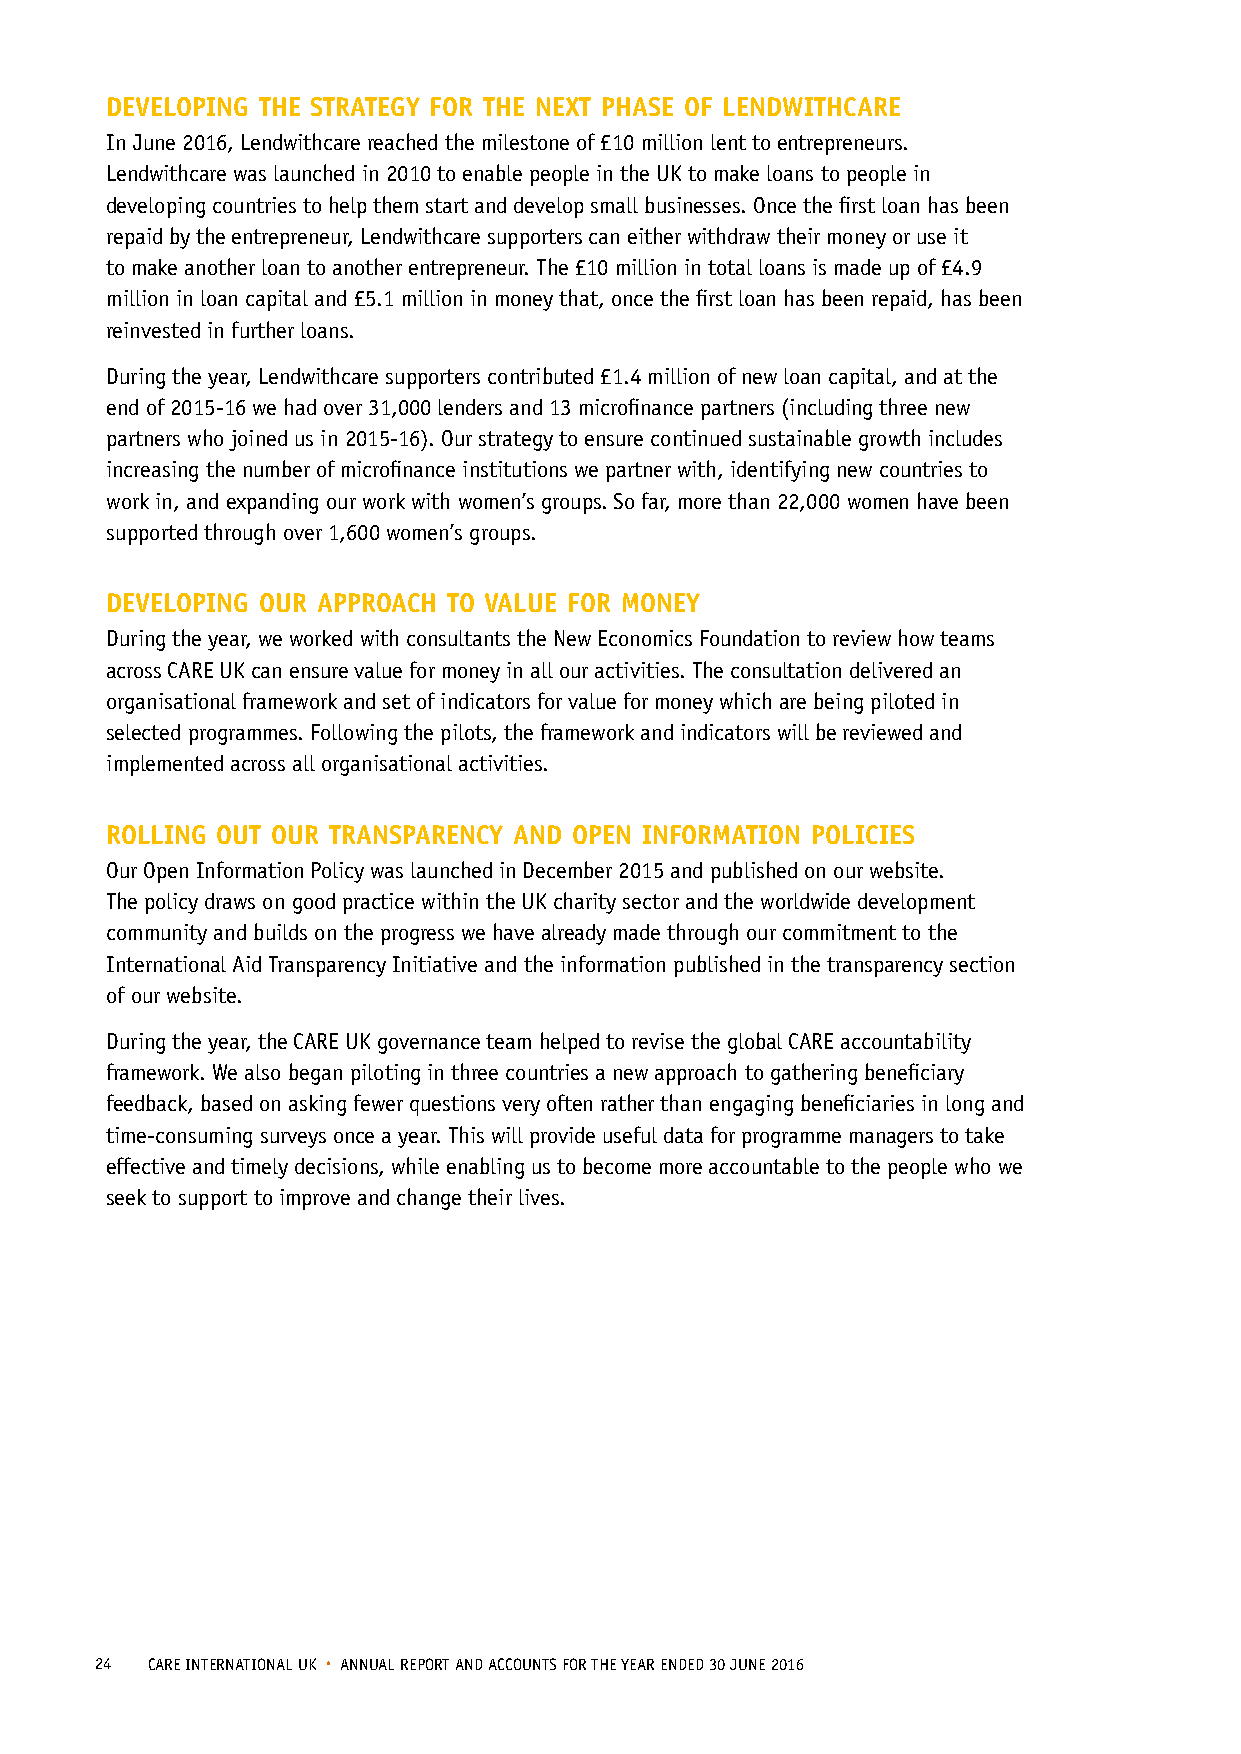
DEVELOPING THE STRATEGY FOR THE NEXT PHASE OF LENDWITHCARE
 In June 2016, Lendwithcare reached the milestone of £10 million lent to entrepreneurs.
 Lendwithcare was launched in 2010 to enable people in the UK to make loans to people in
 developing countries to help them start and develop small businesses. Once the first loan has been
 repaid by the entrepreneur, Lendwithcare supporters can either withdraw their money or use it
 to make another loan to another entrepreneur. The £10 million in total loans is made up of £4.9
 million in loan capital and £5.1 million in money that, once the first loan has been repaid, has been
 reinvested in further loans.
 During the year, Lendwithcare supporters contributed £1.4 million of new loan capital, and at the
 end of 2015-16 we had over 31,000 lenders and 13 microfinance partners (including three new
 partners who joined us in 2015-16). Our strategy to ensure continued sustainable growth includes
 increasing the number of microfinance institutions we partner with, identifying new countries to
 work in, and expanding our work with women’s groups. So far, more than 22,000 women have been
 supported through over 1,600 women’s groups.
 DEVELOPING OUR APPROACH TO VALUE FOR MONEY
 During the year, we worked with consultants the New Economics Foundation to review how teams
 across CARE UK can ensure value for money in all our activities. The consultation delivered an
 organisational framework and set of indicators for value for money which are being piloted in
 selected programmes. Following the pilots, the framework and indicators will be reviewed and
 implemented across all organisational activities.
 ROLLING OUT OUR TRANSPARENCY AND OPEN INFORMATION POLICIES
 Our Open Information Policy was launched in December 2015 and published on our website.
 The policy draws on good practice within the UK charity sector and the worldwide development
 community and builds on the progress we have already made through our commitment to the
 International Aid Transparency Initiative and the information published in the transparency section
 of our website.
 During the year, the CARE UK governance team helped to revise the global CARE accountability
 framework. We also began piloting in three countries a new approach to gathering beneficiary
 feedback, based on asking fewer questions very often rather than engaging beneficiaries in long and
 time-consuming surveys once a year. This will provide useful data for programme managers to take
 effective and timely decisions, while enabling us to become more accountable to the people who we
 seek to support to improve and change their lives.
 24  CARE INTERNATIONAL UK • ANNUAL REPORT AND ACCOUNTS FOR THE YEAR ENDED 30 JUNE 2016